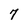
Character: 7